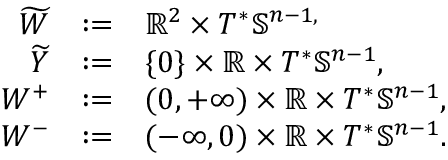
\begin{array} { r c l } { \widetilde { W } } & { : = } & { { \mathbb R } ^ { 2 } \times T ^ { * } { \mathbb S } ^ { n - 1 , } } \\ { \widetilde { Y } } & { : = } & { \{ 0 \} \times { \mathbb R } \times T ^ { * } { \mathbb S } ^ { n - 1 } , } \\ { W ^ { + } } & { : = } & { ( 0 , + \infty ) \times { \mathbb R } \times T ^ { * } { \mathbb S } ^ { n - 1 } , } \\ { W ^ { - } } & { : = } & { ( - \infty , 0 ) \times { \mathbb R } \times T ^ { * } { \mathbb S } ^ { n - 1 } . } \end{array}